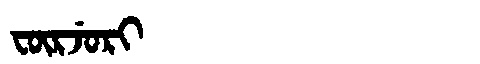
Manchu: ᡶᡡᡵᠵᡠᡵᡳ
Romanization: FŪRJURI